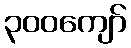
၃၀၀ကျော်